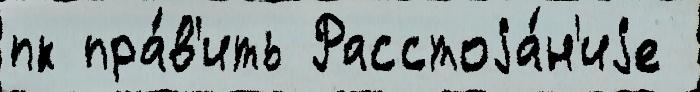
пк пра́в'ить Расстоjа́н'иjе